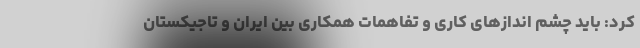
کرد: باید چشم اندازهای کاری و تفاهمات همکاری بین ایران و تاجیکستان